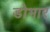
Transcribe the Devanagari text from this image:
डोभार